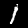
Label: 1